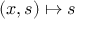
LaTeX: ( x , s ) \mapsto s